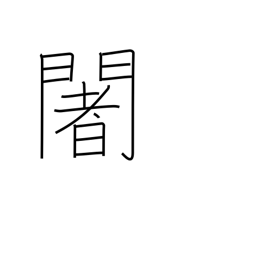
Meaning: used phonetically